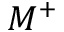
M ^ { + }